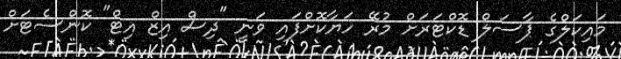
މައިކަލްގެ ޕާސަލް ޑޮކްޓަރަށް މުރޭ ހަޔާކޮށްފައި ވަނީ "ދިސް އިޒް އިޓް" ކޮންސެޓަށް